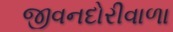
જીવનદોરીવાળા